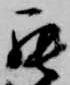
罷